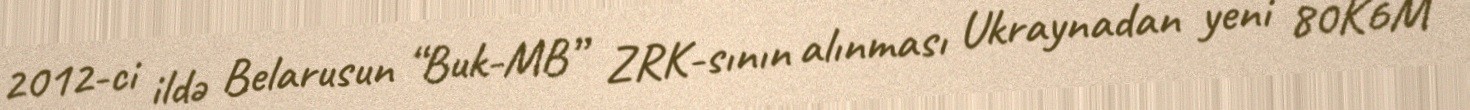
2012-ci ildə Belarusun “Buk-MB” ZRK-sının alınması Ukraynadan yeni 80K6M